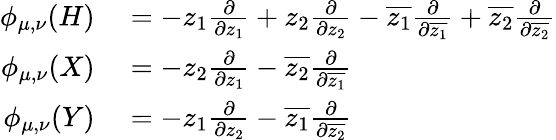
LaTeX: \begin{array}{rl}{\phi_{\mu,\nu}(H)}&{{}=-z_{1}{\frac{\partial}{\partial z_{1}}}+z_{2}{\frac{\partial}{\partial z_{2}}}-{\overline{{z_{1}}}}{\frac{\partial}{\partial{\overline{{z_{1}}}}}}+{\overline{{z_{2}}}}{\frac{\partial}{\partial{\overline{{z_{2}}}}}}}\\ {\phi_{\mu,\nu}(X)}&{{}=-z_{2}{\frac{\partial}{\partial z_{1}}}-{\overline{{z_{2}}}}{\frac{\partial}{\partial{\overline{{z_{1}}}}}}}\\ {\phi_{\mu,\nu}(Y)}&{{}=-z_{1}{\frac{\partial}{\partial z_{2}}}-{\overline{{z_{1}}}}{\frac{\partial}{\partial{\overline{{z_{2}}}}}}}\end{array}